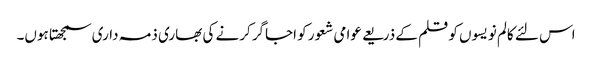
اس لئے کالم نویسوں کو قلم کے ذریعے عوامی شعور کو اجاگر کرنے کی بھاری ذمہ داری سمجھتا ہوں۔